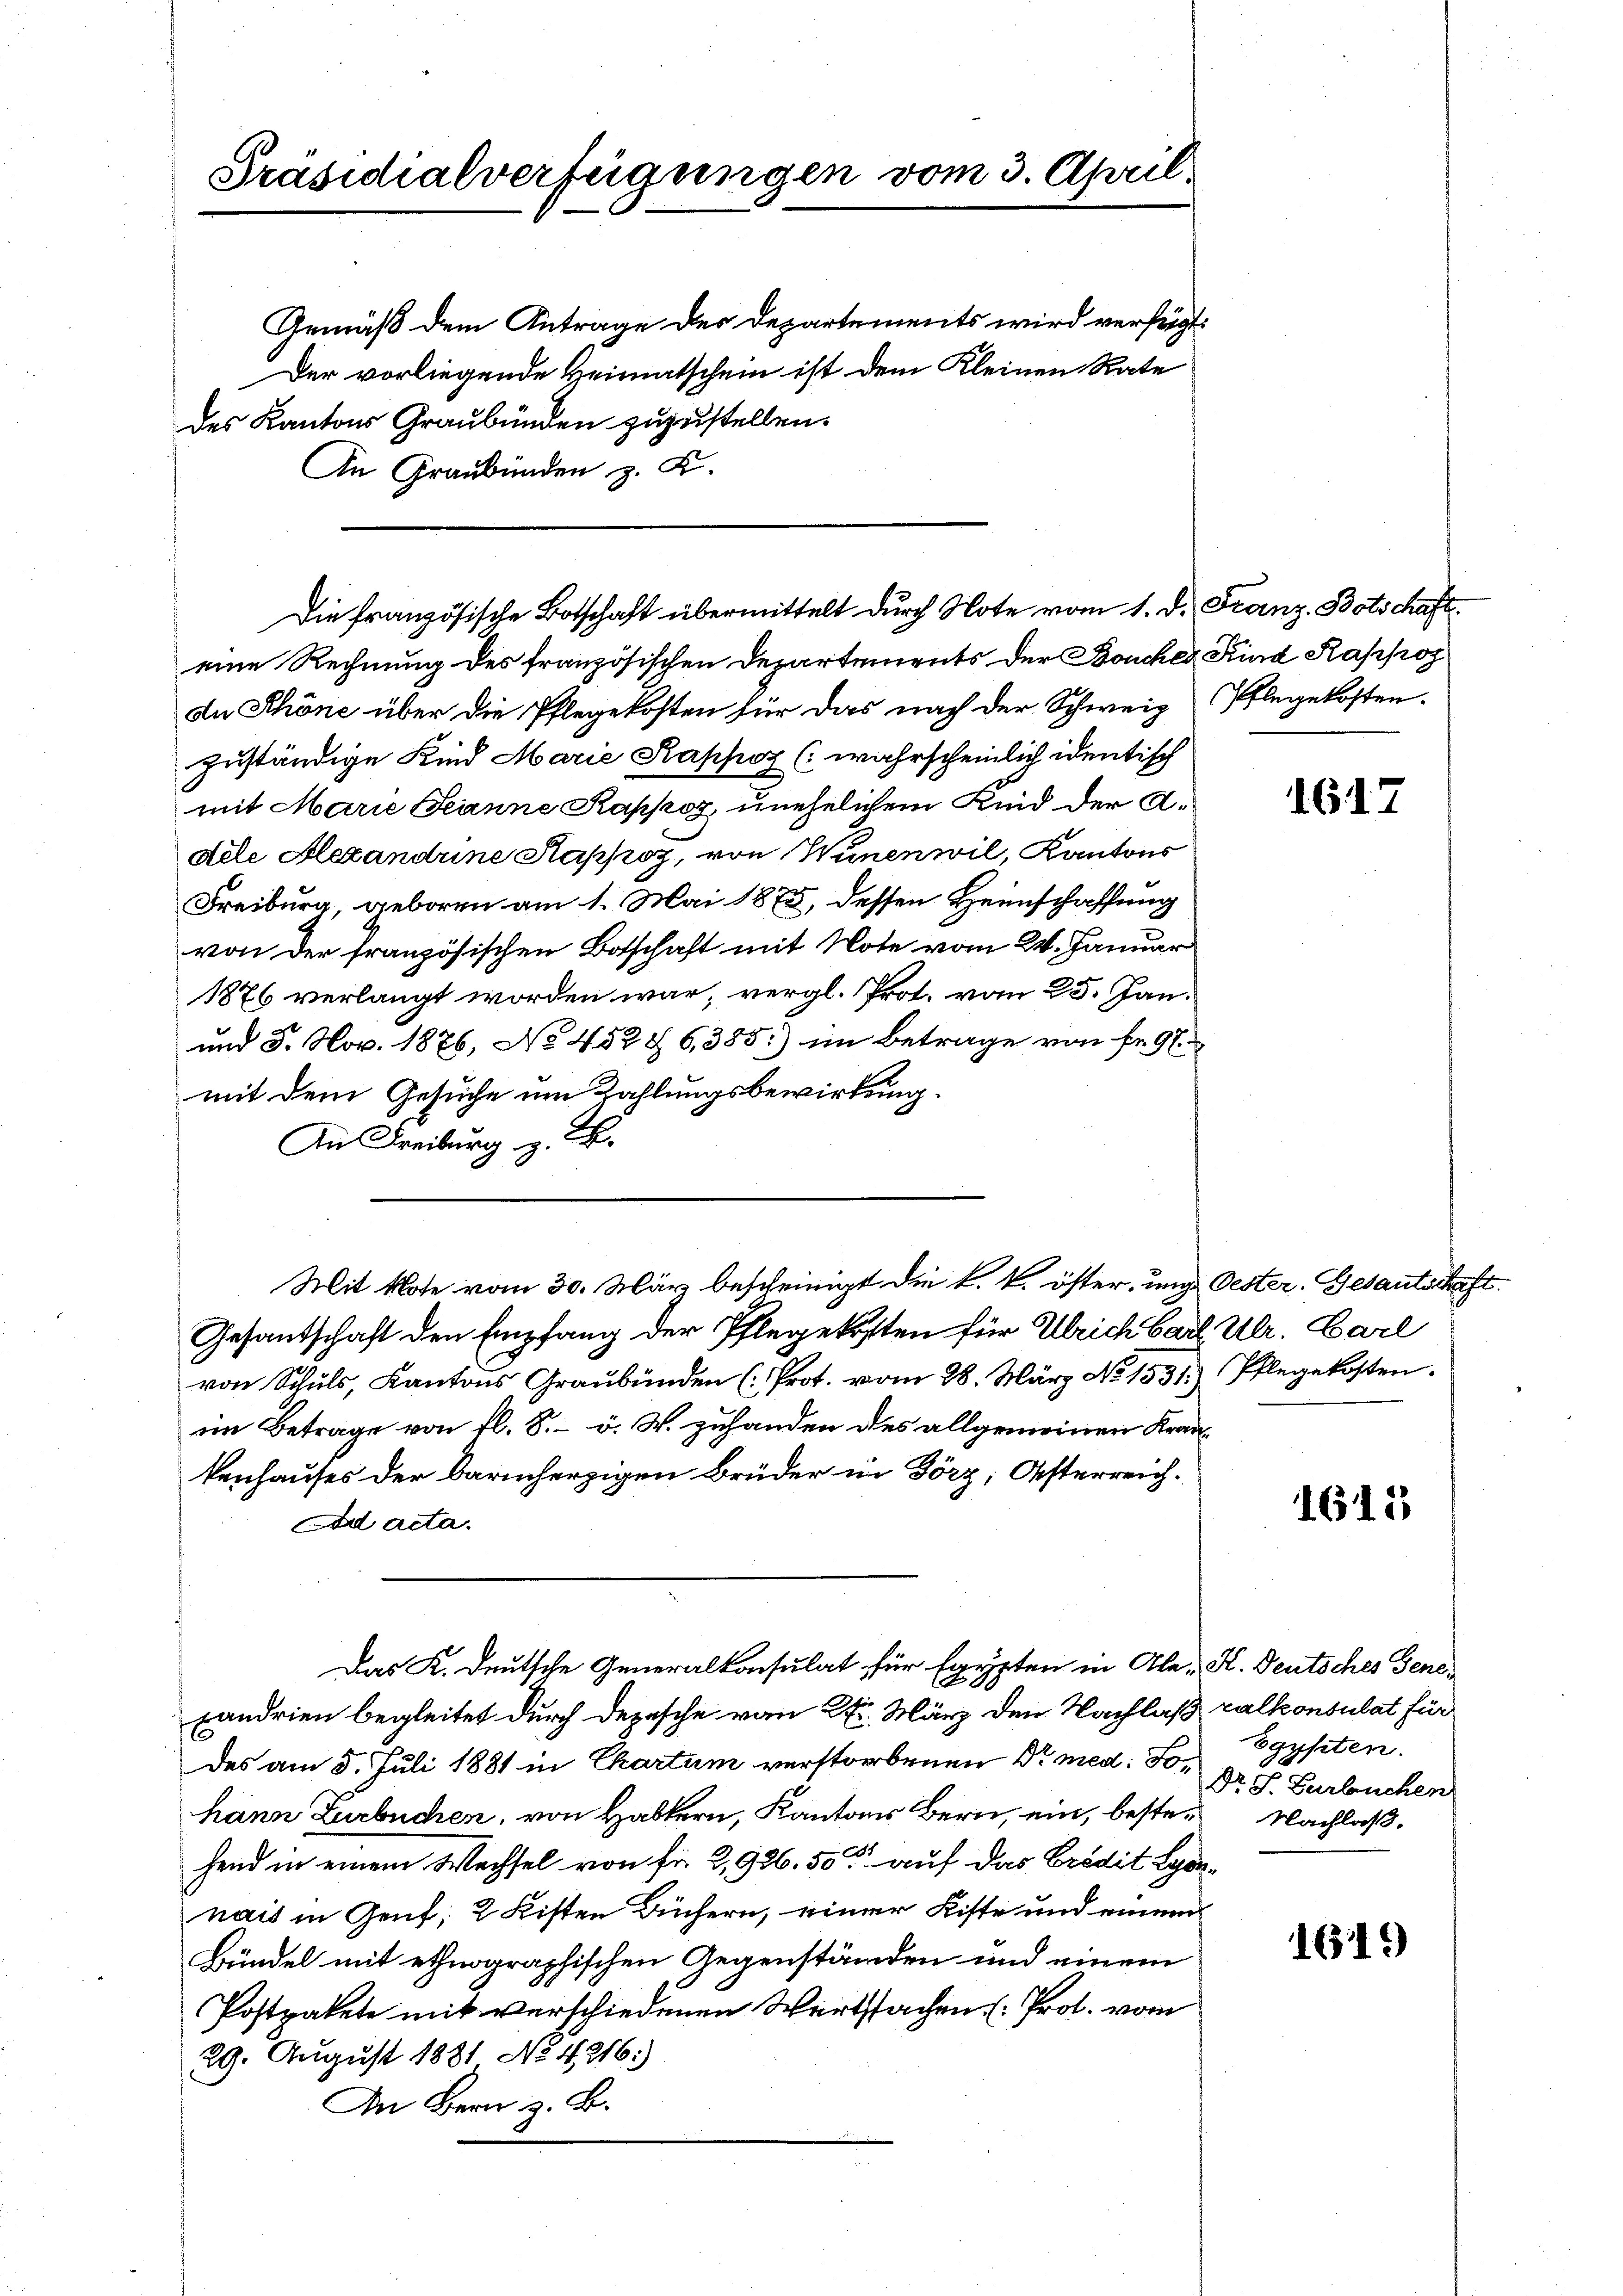
Präsidialverfügungen vom 3. April.

Die französische Botschaft übermittelt durch Note vom 1. d. Franz Botschaft¬

Gemäß dem Antrage des Departements wird verfügt:
Der vorliegende Heimatschein ist dem Kleinen Rate
des Kantons Graubünden zuzustellen.
An Graubünden z. K.
eine Rechnung des französischen Departements der Bouches Kind Rappos
de Schöne über die Pflegekosten für das nach der Schweiz (Pflegekosten.
zuständige Kind Marie Kappoz (wahrscheinlich identisch
mit Marie Jeanne Kappoz, unehelichem Kind der Adele Alexandrine Stappoz, von Winen wil, Kantons
Freiburg, geboren am 1. Mai 1873, dessen Heimschaffung
von der französischen Botschaft mit Note vom 24. Januar
1876 verlangt worden war, vergl. Prot. vom 25. Jan.
und 8. Nov. 1876, No 452 § 6,385:) im Betrage von fr. 9
mit dem Gesuche um Zahlungsbewirkung.
An Freiburg z. B.
Mit Note vom 30. März bescheinigt die k. k. öster, und Oester. Gesantschaft.
Gesantschaft den Empfang der Pflegekosten für Ulrich Carl Ulr. Carl
von Schuld, Kantons Graubünden (Prot. vom 28. März No 1531.) Pflegekosten.
im Betrage von fl. 8. v. W. zuhanden des allgemeinen Krankenhauses der barmherzigen Brüder in Görz; Osterreich¬
Ad acta.
Das K. Deutsche Generalkonsulat für Egypten in Ale K. Deutsches Gene¬
Landrien begleitet durch Depesche von 2. März den Nachlaß calkonsulat für
des am 5. Juli 1881 in Chartum verstorbenen Dr med. Sohann Zurbuchen, von Haltern, Kantons Bern, ein, bestehend in einem Wechsel von für 3,926. 50 auf das Credit Leonnais in Genf, 2 Kisten Büchern, einer Kiste und einem
Bündel mit ethnographischen Gegenständen und einem
Postpakete mit verschiedenen Wertstachen Prot. vom
29. August 1881 No 4216:
In Bern z. B.

1617

1612

Egypten.
Dr. G. Zurbuchen
Nachlaß.

1619